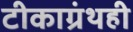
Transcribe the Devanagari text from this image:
टीकाग्रंथही